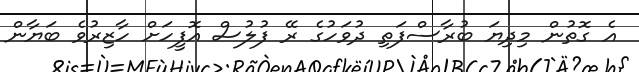
އެ ގޮތުން މިދިޔަ ބުރާސްފަތި ދުވަހުގެ ރޭ ފުލުސް އޮފީހަށް ހާޒިރުވެ ބަޔާން